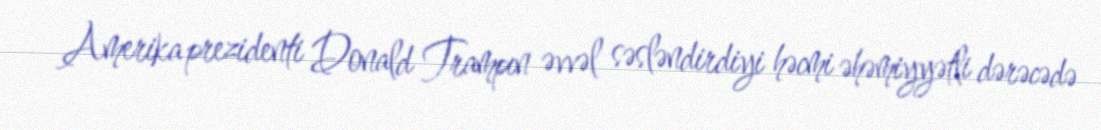
Amerika prezidenti Donald Trampın əvvəl səsləndirdiyi həcmi əhəmiyyətli dərəcədə